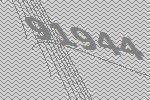
91944